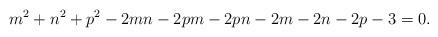
LaTeX: \begin{align*}m^2+n^2+p^2-2mn-2pm-2pn-2m-2n-2p-3=0.\end{align*}